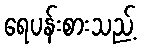
ရေပန်းစားသည့်